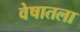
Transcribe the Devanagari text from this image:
वेषातला